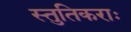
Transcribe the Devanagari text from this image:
स्तुतिकराः